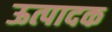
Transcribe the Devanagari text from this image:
ऊत्पादक